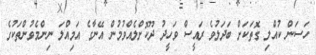
ހަސަން ކުއްލި ގޮތަކަށް ބަދަލުވެ ރައީސް ވަހީދު ދޫކޮށްލެއްވުމުން އޭނާގެ އަމިއްލަ ނިންމެވުންތަކުގެ